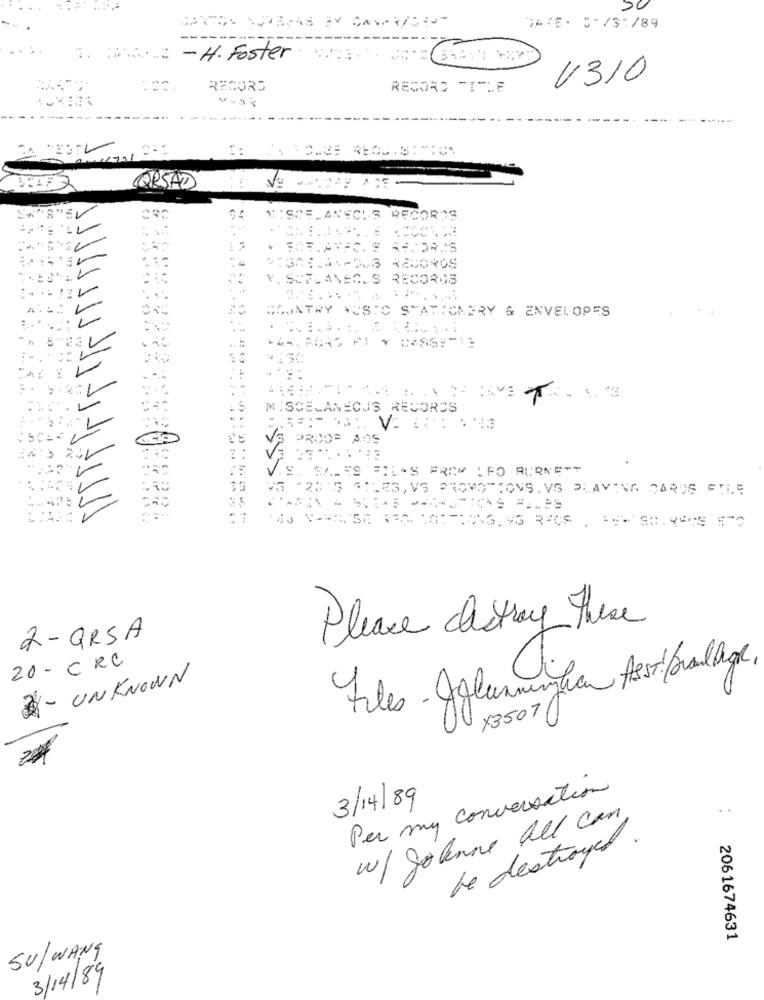
DATE :/89
3. 600 -H. Foster.
4310
RECORD
RECORD TITLE
CORSAD
EV
NISOF ANEOUS RECORDS
CE,AVEC. S RECORDS
.
V. SUFLANEC. S RECORDS
. ..
COUNTRY MUSIC STATIONERY & ENVELOPES
M. SCELANECJS RECORDS
INS FROM LEO BURNETT
30
ES,VS PROMOTIONS. VS DAVINA CARDS FILE
Please destroy The
2 - ORSA
20 - C RC
3 - UNKNOWN
X35071
Per my conversation
3/14/89
. .
w/ Solenne all can
be destroyed.
2061674631
SU/WANG
3/14/89